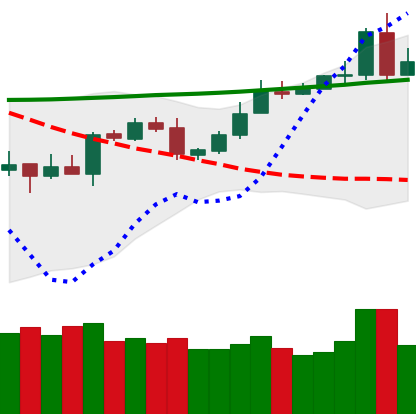
Ticker: XMR-USD
Chart end date: 2020-05-01
Forward return: -8.205%
Label: down_7plus